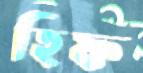
হিফ